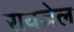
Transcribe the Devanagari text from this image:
रायजेल